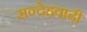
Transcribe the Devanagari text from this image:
सन्देहवादी